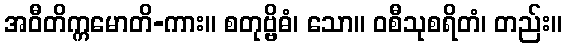
အဝီတိက္ကမောတိ-ကား။ စတုဗ္ဗိဓံ၊ သော။ ဝစီသုစရိတံ၊ တည်း။